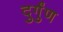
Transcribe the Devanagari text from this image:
दुर्गुंण